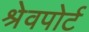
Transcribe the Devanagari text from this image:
श्रेवपोर्ट